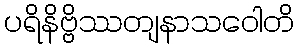
ပရိနိဗ္ဗိဿတျနာသဝေါတိ